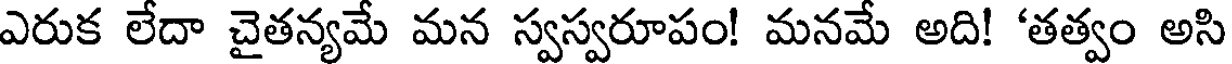
ఎరుక లేదా చైతన్యమే మన స్వస్వరూపం! మనమే అది! 'తత్వం అసి